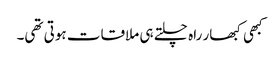
کبھی کبھار راہ چلتے ہی ملاقات ہوتی تھی۔